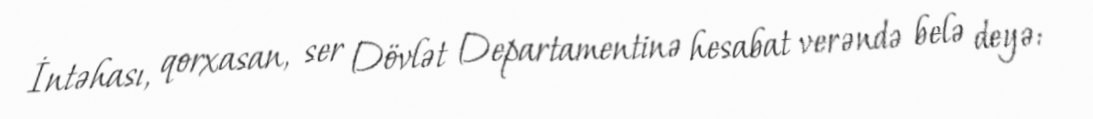
İntəhası, qorxasan, ser Dövlət Departamentinə hesabat verəndə belə deyə: